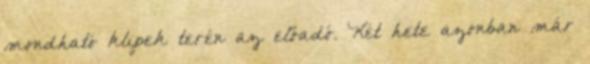
mondható klipek terén az előadó. Két hete azonban már